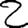
Digit: 2